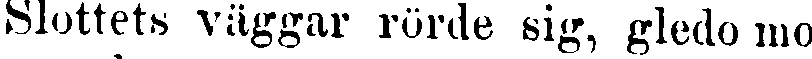
Slottets väggar rörde sig, gledo mo